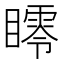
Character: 𥋞